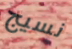
نسيج